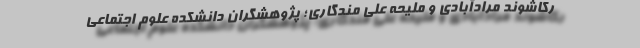
رکاشوند مرادآبادی و ملیحه علی مندگاری؛ پژوهشگران دانشکده علوم اجتماعی